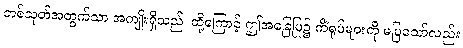
တစ်သုတ်အတွက်သာ အကျိုးရှိသည်၊ ထို့ကြောင့် ဤအခြေပြု၌ ကိံရုပ်များကို မပြသော်လည်း